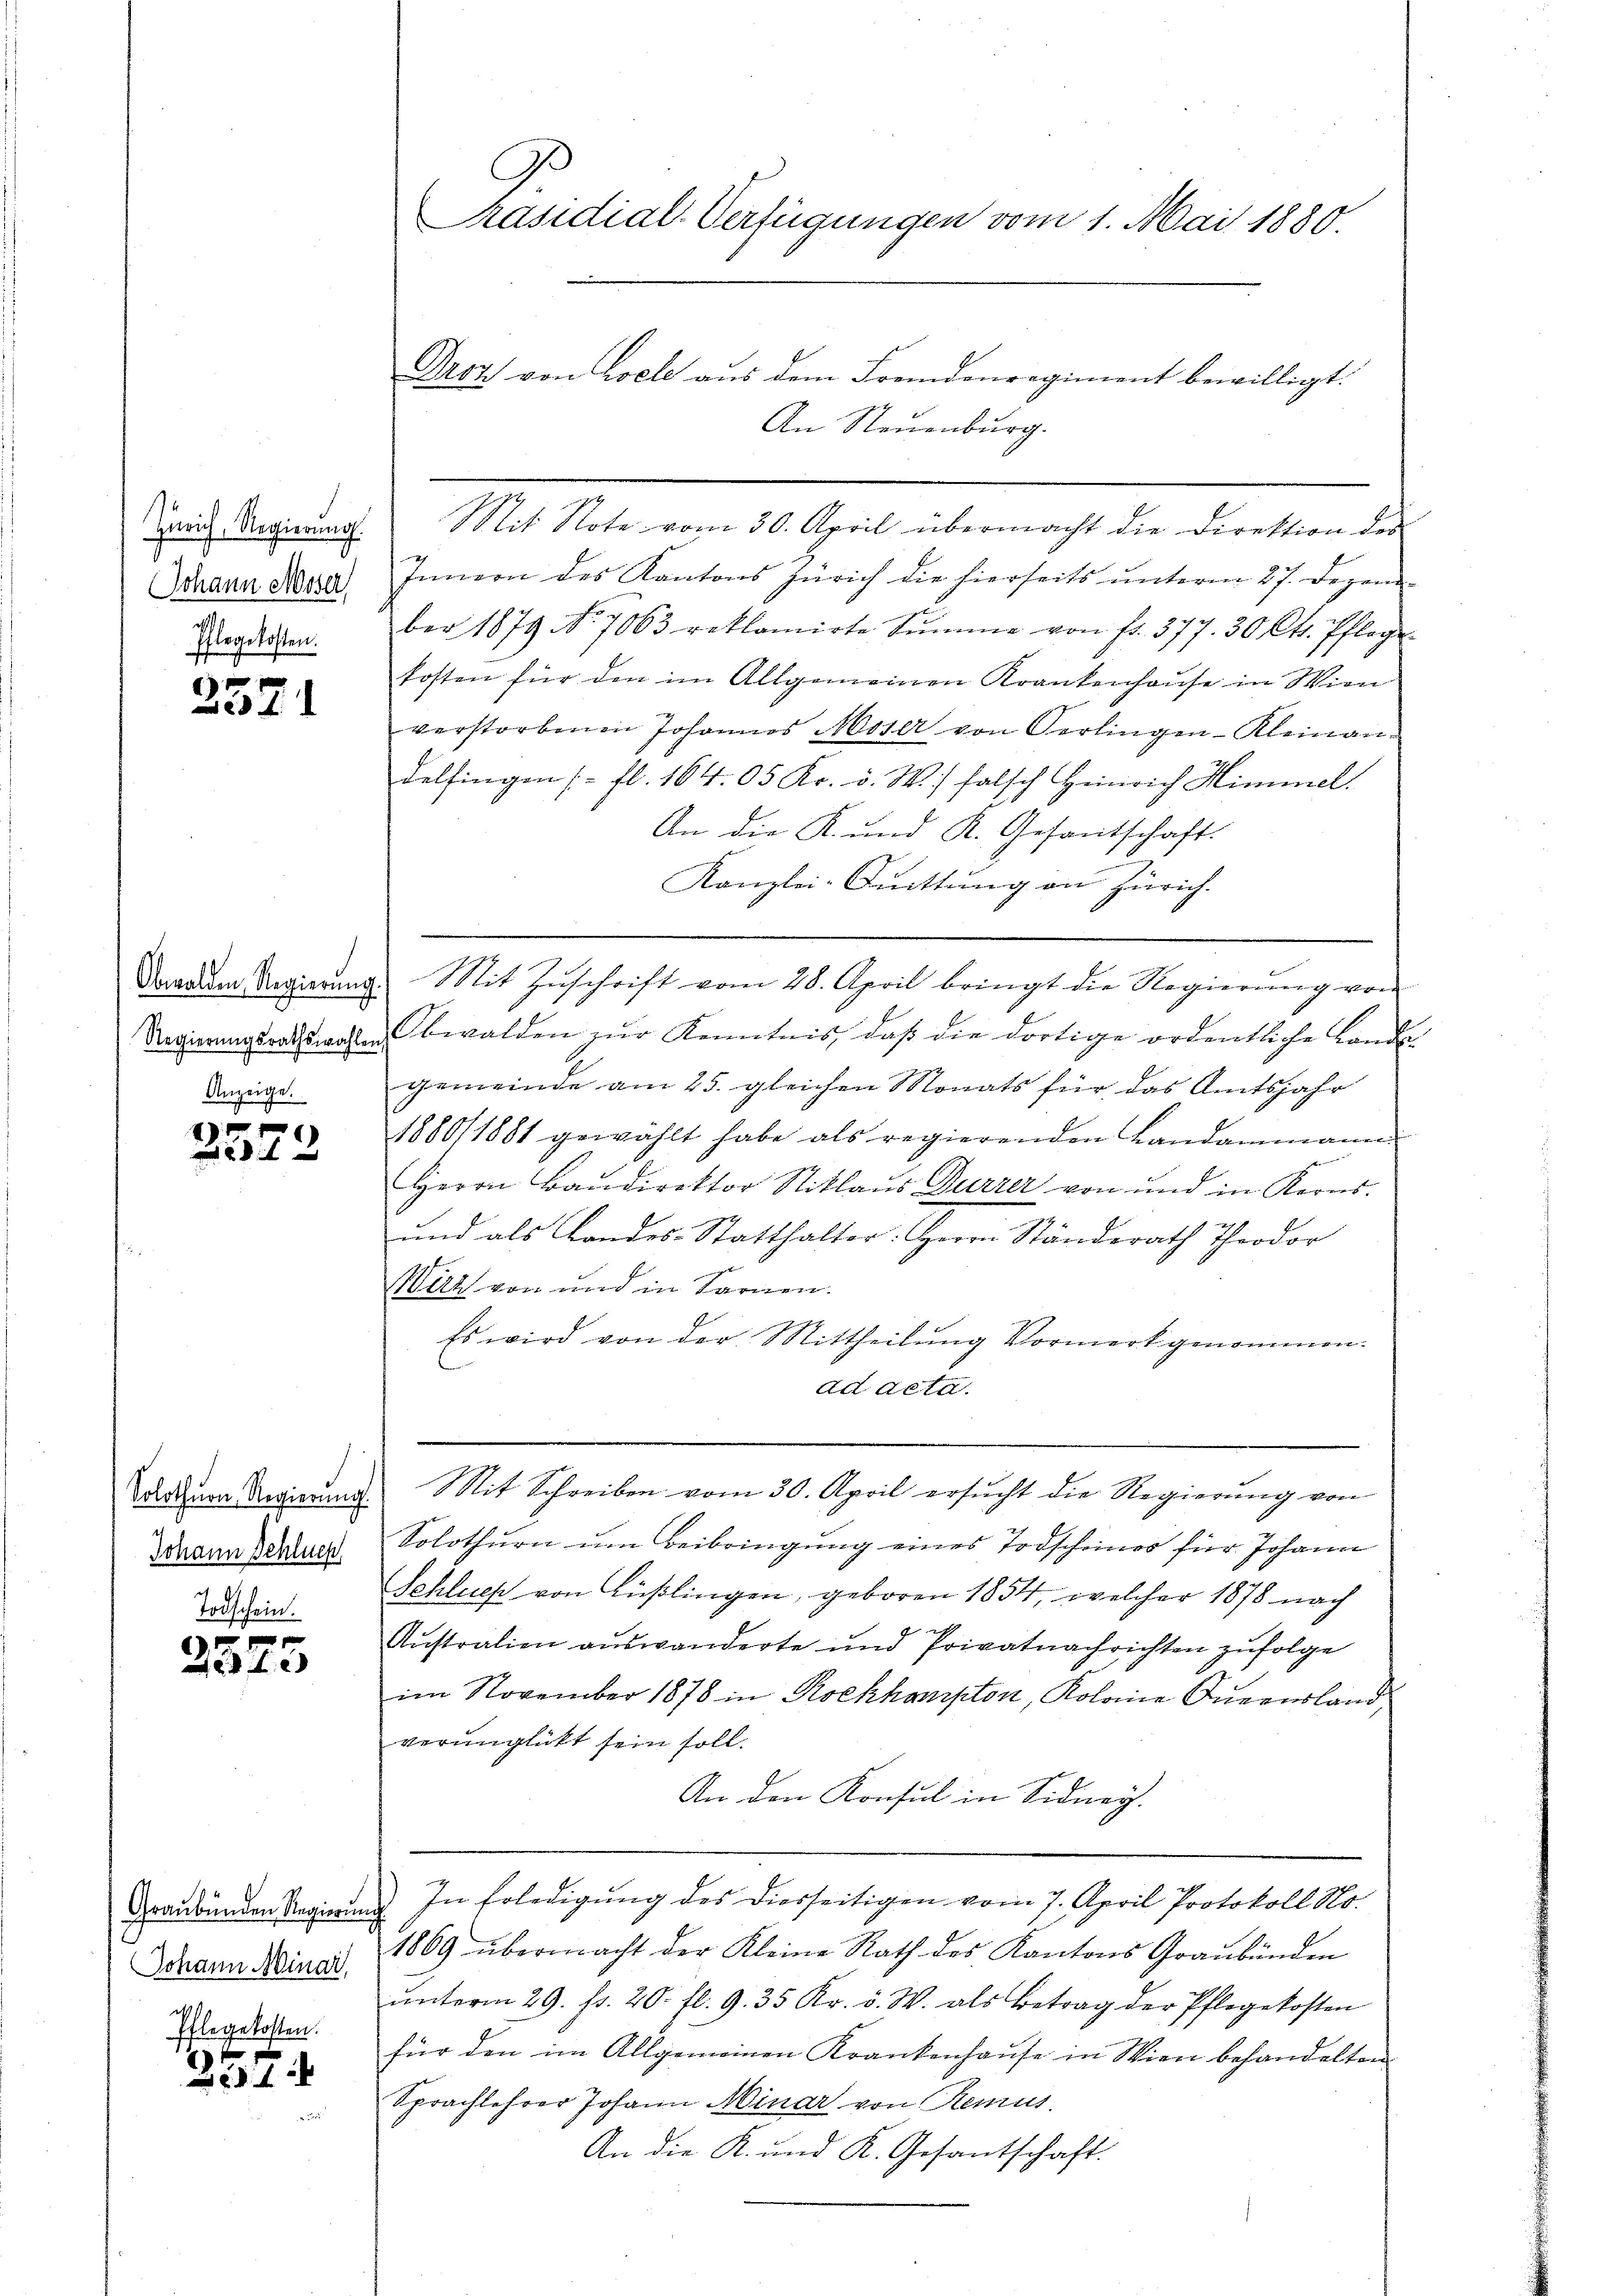
Zürich, Regierung.
Johann Moser
Pflegekosten.

x

Obwalden, Regierŭng.
Regierungsrathswahlen,
Anzeige.

3573

Solothurn Regierung
Johann Schluch

Graubünden Regierun
Johann Minar,
211.
Ehlegekosten.

ff x
1

C
Präsidial-Verfügungen vom 1. Mai 1880.

Drot von Loele aus dem Fremdenregiment bewilligt.
An Neuenburg.
Mit Note vom 30. April übermacht die Direktion des
Innern des Kantons Zürich die hierseits unterm 27. Dezember 1879 No 7063 reklamirte Summer von fr. 377. 30 Cts. Pflege
kosten für den im Allgemeinen Krankenhause in Wien
verstorbenen Johannes Moser von Oerlingen-Kleinandelfingen (fl. 164. 05 Kr. v. W.) falsch Heinrich Himmel.
An die K. und K. Gesantschaft.
Kanzlei-Gŭttŭng an Zürich.
Mit Zŭschrift vom 28. April bringt die Regierŭng von
Obwalden zŭr Kenntnis, daβ die dortige ordentliche Lands-
gemeinde am 25. gleichen Monats für das Amtsjahr
1880/1881 gewählt habe als regierenden Landammann
.
Herrn Baudirektor Niklaus Durzer von und in Aerns.
und als Landes-Statthalter: Herrn Ständerath Theodor
Wirz von und in Sarnen.
Es wird von der Mittheilung Vormerk genommen.
ad acta.
Mit Schreiben vom 30. April ersucht die Regierung von
Solothurn um Beibringung eines Todscheines für Johann
Schluch von Küßlingen, geboren 1854, welcher 1878 nach
Austration auswanderte und Privatnachrichten zufolge
im November 1878 in Rockhampton, Koloine Queensland,
verunglückt sein soll.
An den Konsul in Sidney.
In Erledigung des Diesseitigen vom 7. April Protokoll No.
1869 übermacht der Kleine Rath des Kantons Graubünden
ŭnterm 29. f. 20. fl. 9. 35 Kr. v. W. als Betrag der Pflegekosten
für den im Allgemeinen Krankenhause in Wien behandelten
Sprachlehrer Johann Minar von Remus
An die K. und K. Gesantschaft.